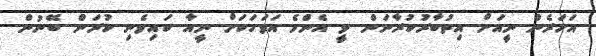
އަހަރެން ނީއަށް އިތުބާރުކުރާނަން. ވީ އެންމެ އަވަހަކަށް ނީއާ ކައިވެނި ކުރަން ބޭނުން.